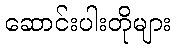
ဆောင်းပါးတိုများ